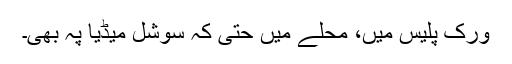
ورک پلیس میں، محلے میں حتیٰ کہ سوشل میڈیا پہ بھی۔